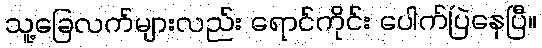
သူ့ခြေလက်များလည်း ရောင်ကိုင်း ပေါက်ပြဲနေပြီ။